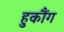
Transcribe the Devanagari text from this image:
हुकौंग